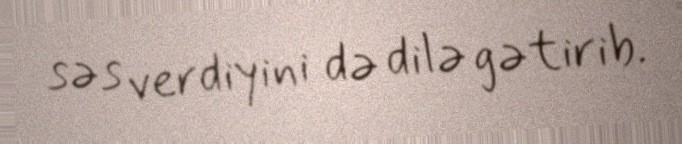
səs verdiyini də dilə gətirib.